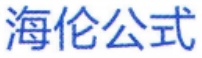
海伦公式